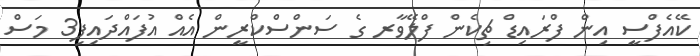
ކޭއެފްސީ އިން ފްރައިޑް ޗިކެން ފްލޭވާރ ގެ ސަންސްކްރީން އެއް އުފައްދައިފި3 މަސް